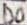
Text: D0